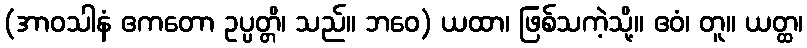
(အာဝသါနံ ဧကတော ဥပ္ပတ္တိ၊ သည်။ ဘဝေ) ယထာ၊ ဖြစ်သကဲ့သို့။ ဧဝံ၊ တူ။ ယတ္ထ၊